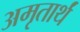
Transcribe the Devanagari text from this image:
अमृतार्थं